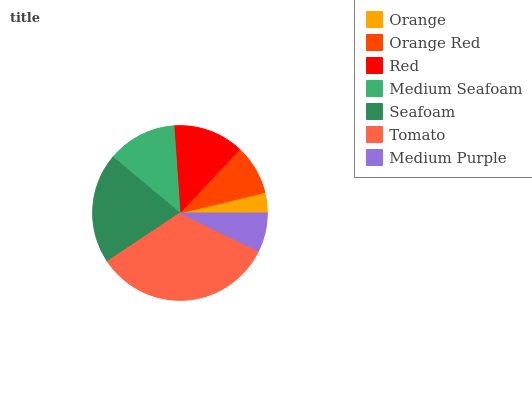
| Orange | Orange Red | Red | Medium Seafoam | Seafoam | Tomato | Medium Purple |
 | --- | --- | --- | --- | --- | --- | --- |
 | 3.77% | 9.24% | 13.1% | 12.8% | 20.4% | 33.4% | 7.21% |